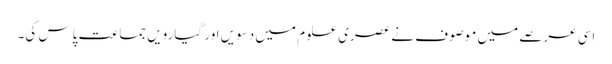
اسی عرصے میں موصوف نے عصری علوم میں دسویں اور گیارویں جماعت پاس کی۔